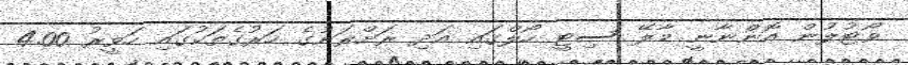
ވޯޓުލުން އޮންނާނީ މާލޭ ސިޓީ ހޯލްގައި އަދި ރަށްރަށުގެ ހަރުގެތަކުގައި ހަވީރު 4.00